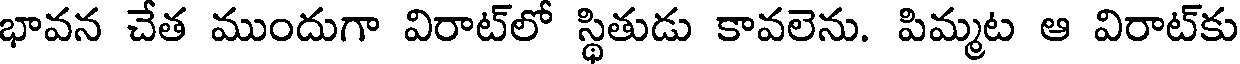
భావన చేత ముందుగా విరాట్లో స్థితుడు కావలెను. పిమ్మట ఆ విరాట్కు